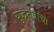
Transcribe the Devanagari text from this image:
युद्धतंत्राचा